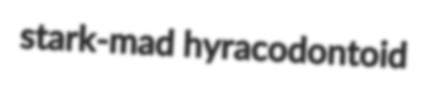
stark-mad hyracodontoid